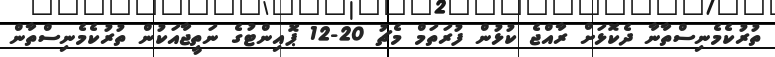
ތުރުކެމެނިސްތާނާ ދެކޮޅަށް ރާއްޖެ ކުޅުން ފުރަތަމް މެޗު 20-12 ޕޮއިންޓުގެ ނަތީޖާއަކުން ތުރުކެމެނިސްތާން